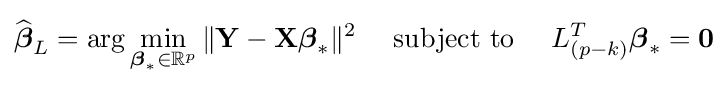
{\widehat {\boldsymbol {\beta }}}_{L}=\arg \min _{{\boldsymbol {\beta }}_{*}\in \mathbb {R} ^{p}}\|\mathbf {Y} -\mathbf {X} {\boldsymbol {\beta }}_{*}\|^{2}\quad {\text{ subject to }}\quad L_{(p-k)}^{T}{\boldsymbol {\beta }}_{*}=\mathbf {0}